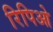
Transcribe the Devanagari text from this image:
रिपिओ